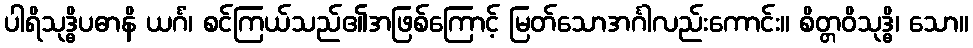
ပါရိသုဒ္ဓိပဓာနိ ယင်္ဂံ၊ စင်ကြယ်သည်၏အဖြစ်ကြောင့် မြတ်သောအင်္ဂါလည်းကောင်း။ စိတ္တဝိသုဒ္ဓိ၊ သော။